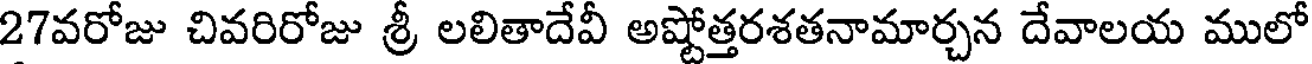
27వరోజు చివరిరోజు శ్రీ లలితాదేవీ అష్టోత్తరశతనామార్చన దేవాలయ ములో